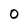
Character: 0